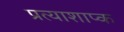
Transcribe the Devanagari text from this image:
प्रत्याशाप्क